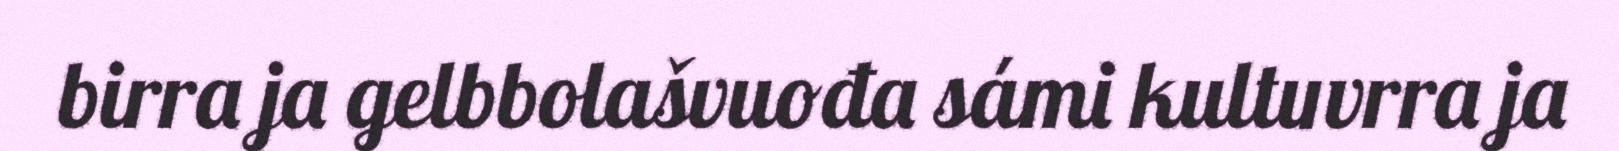
birra ja gelbbolašvuođa sámi kultuvrra ja